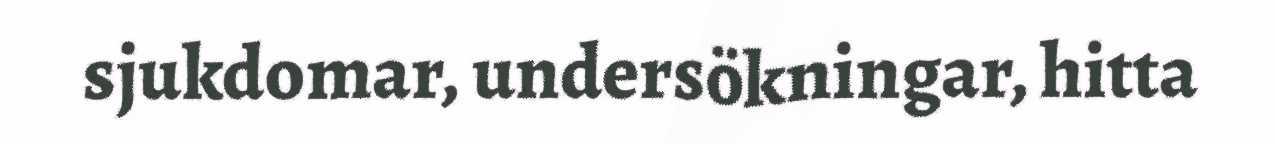
sjukdomar, undersökningar, hitta